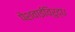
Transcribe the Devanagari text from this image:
पेशवाईविरुद्ध